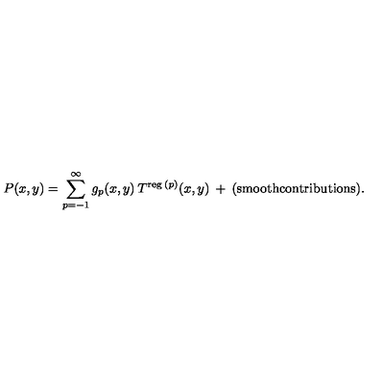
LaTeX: P ( x , y ) = \sum _ { p = - 1 } ^ { \infty } g _ { p } ( x , y ) \: T ^ { \mathrm { \scriptsize { r e g } } \: ( p ) } ( x , y ) \: + \: { \mathrm { ( s m o o t h c o n t r i b u t i o n s ) } } .